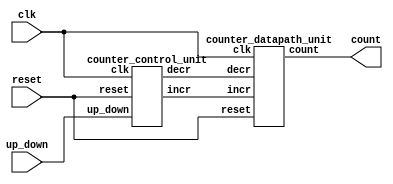
module asmd_counter(output [3:0]count, // note that the outputs are not regs
                    input [1:0] up_down,
                    input clk, reset);
       wire incr, decr; //use wire here
       counter_control_unit M0(.incr(incr), .decr(decr), .up_down(up_down), .clk(clk), .reset(reset));
       counter_datapath_unit M1(.count(count), .incr(incr), .decr(decr), .clk(clk), .reset(reset));
endmodule

module counter_control_unit(output reg incr,decr,
                            input [1:0] up_down,
                            input clk, reset);
    reg     state, next_state;
    parameter s_running = 0;

    always@(posedge clk, posedge reset) //state transition
        if (reset == 1'b1) state <= s_running;
        else state<=next_state;

    always@(state, up_down) begin // Combinational logic for controller
        // initialize all the variables to zero
        next_state = s_running;
        incr = 0;
        decr = 0;
        case(state)
            s_running:
                begin
                    if(up_down == 2'b01) incr = 1;
                    if(up_down == 2'b10) decr = 1;
                    next_state = s_running;
                end
        endcase
    end
endmodule

module counter_datapath_unit(output reg [3:0]count,
                             input incr, decr, clk, reset);
       always@(posedge clk, posedge reset)
            if(reset == 1'b1) count <= 4'b0000;
            else
                begin
                    if (incr == 1'b1) count<=count+1;
                    if (decr == 1'b1) count<=count-1;
                end
endmodule